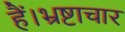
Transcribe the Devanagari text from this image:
हैं।भ्रष्टाचार